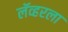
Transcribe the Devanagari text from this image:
लॅव्हरला